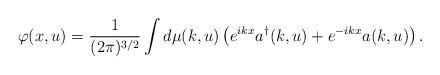
LaTeX: \begin{align*}\varphi(x, u) = \frac{1}{(2\pi)^{3/2}} \int d\mu(k, u) \left(e^{i k x} a^{\dagger}(k, u) + e^{-i k x} a(k, u)\right).\end{align*}